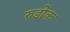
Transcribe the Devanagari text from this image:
रुडोक